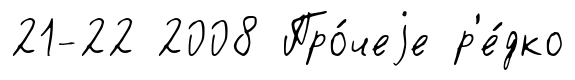
21-22 2008 Про́чеjе р'е́дко